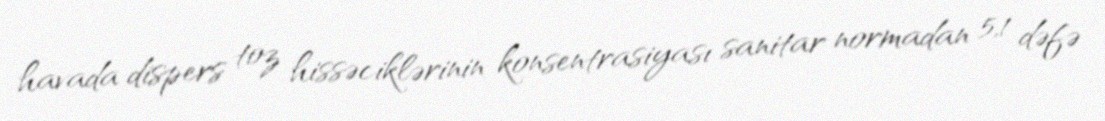
havada dispers toz hissəciklərinin konsentrasiyası sanitar normadan 5,1 dəfə